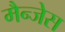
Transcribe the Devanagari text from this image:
मैन्जेस